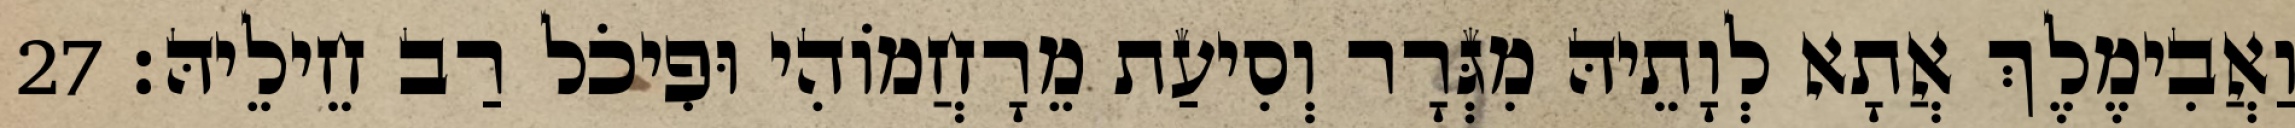
וַאֲבִימֶלֶךְ אֲתָא לְוָתֵיהּ מִגְּרָר וְסִיעַת מֵרָחֲמוֹהִי וּפִיכֹל רַב חֵילֵיהּ׃ 27